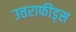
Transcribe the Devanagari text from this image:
उत्तराफीड्स